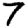
Digit: 7